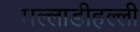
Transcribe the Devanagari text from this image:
मल्लाडीहल्ली